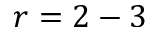
r = 2 - 3